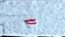
-